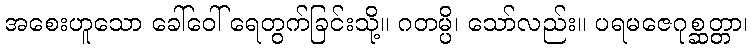
အစေးဟူသော ခေါ်ဝေါ် ရေတွက်ခြင်းသို့။ ဂတမ္ပိ၊ သော်လည်း။ ပရမဇေဂုစ္ဆတ္တာ၊